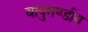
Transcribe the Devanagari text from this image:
वायुमण्डीय